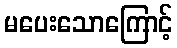
မပေးသောကြောင့်